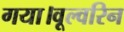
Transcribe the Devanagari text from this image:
गया।वूल्वरिन